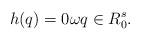
LaTeX: \begin{align*}h(q) = 0 \omega q\in R_0^s.\end{align*}